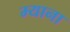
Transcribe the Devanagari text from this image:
म्याना